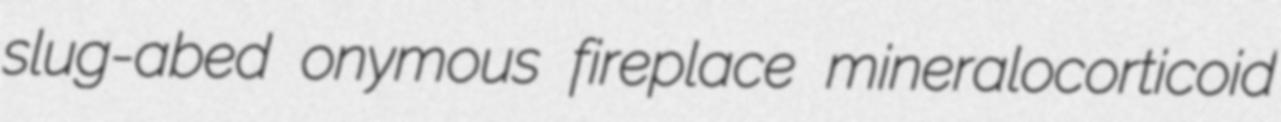
slug-abed onymous fireplace mineralocorticoid